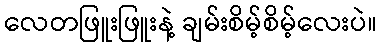
လေတဖြူးဖြူးနဲ့ ချမ်းစိမ့်စိမ့်လေးပဲ။